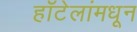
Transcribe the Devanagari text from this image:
हॉटेलांमधून